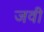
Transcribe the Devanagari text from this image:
जवी